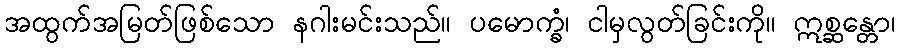
အထွက်အမြတ်ဖြစ်သော နဂါးမင်းသည်။ ပမောက္ခံ၊ ငါမှလွတ်ခြင်းကို။ ဣစ္ဆန္တော၊